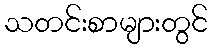
သတင်းစာများတွင်